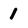
Character: 1